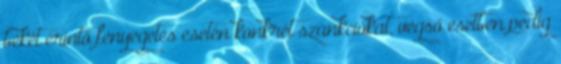
békét érintő fenyegetés esetén konkrét szankciókat, végső esetben pedig